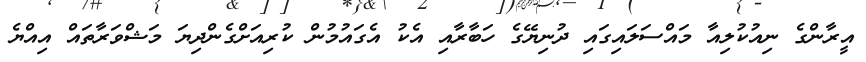
އީރާންގެ ނިއުކުލިއާ މައްސަލައިގައި ދުނިޔޭގެ ހަބާރާއި އެކު އެގައުމުން ކުރިއަށްގެންދިޔަ މަޝްވަރާތައް އިއްޔެ